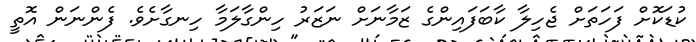
ކުޑަކޮށް ފަހަތަށް ޖެހިލާ ކާބަފައިންގެ ޒަމާނަށް ނަޒަރު ހިންގާލަމާ ހިނގާށެވެ. ފެންނަން އޮތީ